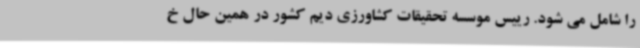
را شامل می شود. رییس موسسه تحقیقات کشاورزی دیم کشور در همین حال خ